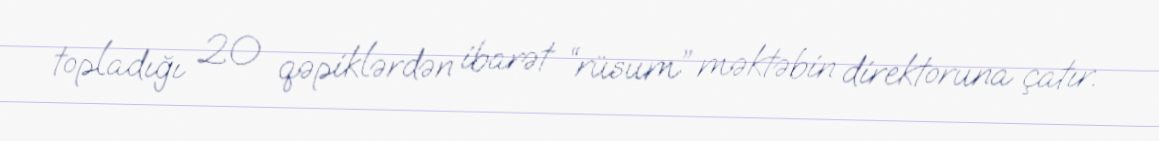
topladığı 20 qəpiklərdən ibarət “rüsum” məktəbin direktoruna çatır.